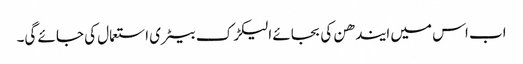
اب اس میں ایندھن کی بجائے الیکڑک بیٹری استعمال کی جائے گی۔